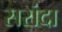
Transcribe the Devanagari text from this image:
सरांदा